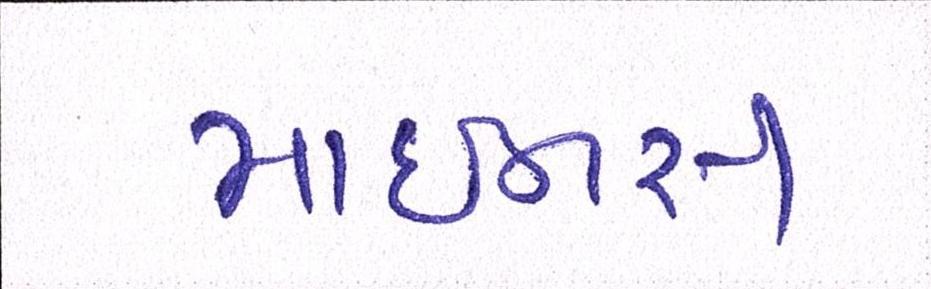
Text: માઇનસ